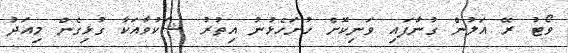
ވޯޓު ރޭ އަލުން ގުނާފައި ވަނިކޮށް ހުށަހެޅުނު އިތުރު ޝަކުވާއަކާ ގުޅިގެން މިއަދު